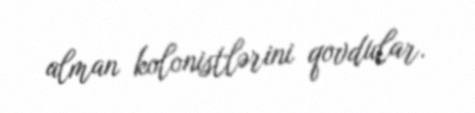
alman kolonistlərini qovdular.